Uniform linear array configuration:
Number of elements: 8
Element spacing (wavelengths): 0.75
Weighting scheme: hamming
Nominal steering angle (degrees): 30
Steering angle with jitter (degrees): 28.463
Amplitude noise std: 0.05
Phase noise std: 0.05

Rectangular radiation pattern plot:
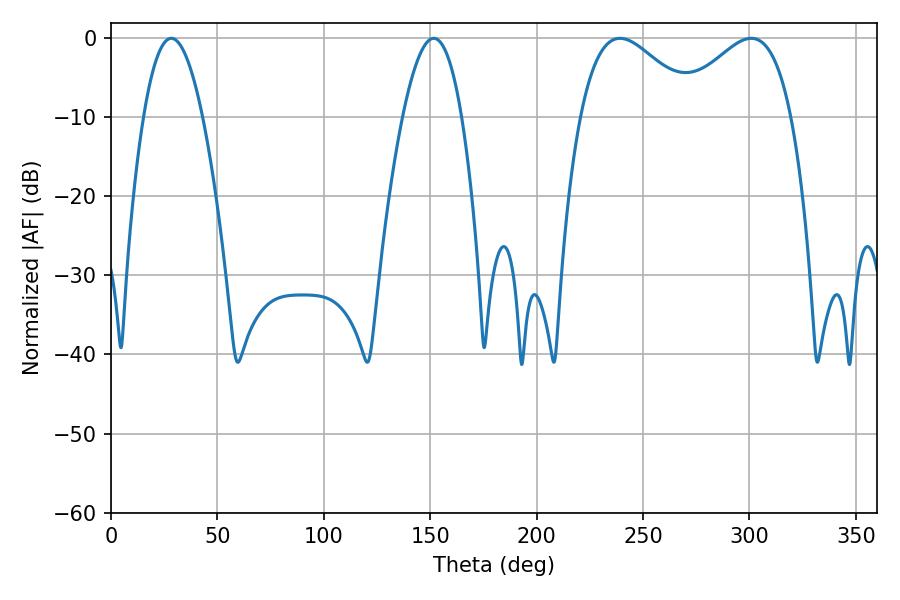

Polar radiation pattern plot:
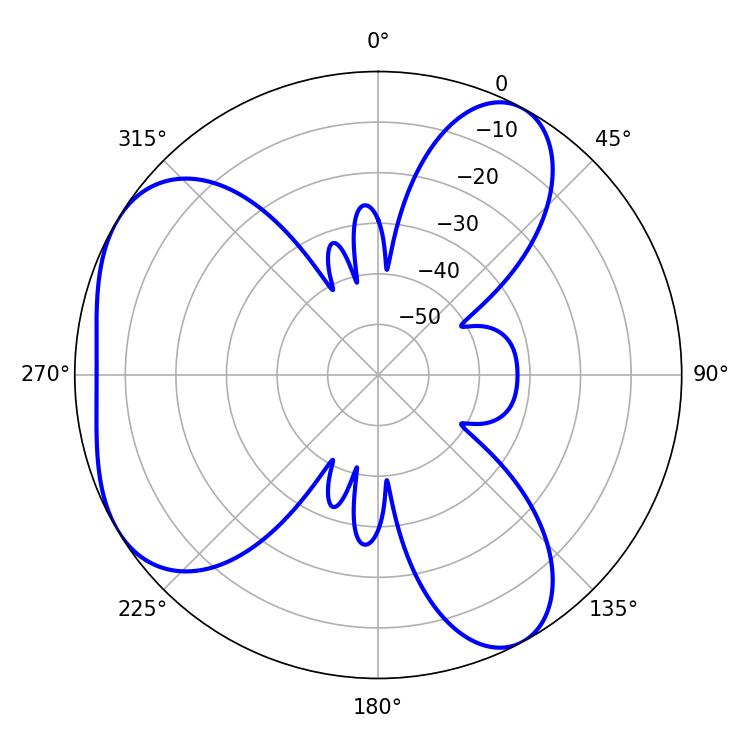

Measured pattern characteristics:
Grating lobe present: TRUE
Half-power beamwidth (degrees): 29.7
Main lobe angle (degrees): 239.22